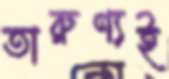
তারুণ্যই